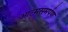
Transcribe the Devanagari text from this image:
आत्‍मसमर्पण